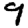
Digit: 9